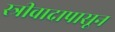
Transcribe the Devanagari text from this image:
स्त्रीवादापासून